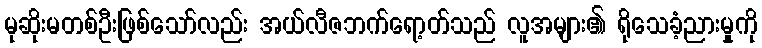
မုဆိုးမတစ်ဦးဖြစ်သော်လည်း အယ်လီဇဘက်ရော့တ်သည် လူအများ၏ ရိုသေခံ့ညားမှုကို